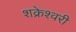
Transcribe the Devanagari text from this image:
शक्रेश्वरी